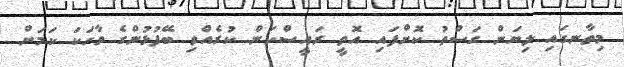
މިތާނގައި ލިޔަން ގަސްތު ކޮށްފައި އޮތީ ރައީސްކަން ކުރެއްވި ބޭފުޅުންގެ ވާހަކަ ކަމަށް